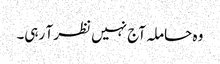
وہ حاملہ آج نہیں نظر آ رہی۔